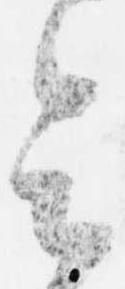
令